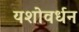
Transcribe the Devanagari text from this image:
यशोवर्धन